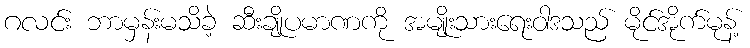
ဂလင်း ဘာမှန်းမသိခဲ့ ဆီးချိုပမာဏကို အမျိုးသားရေးဝါဒသည် မိုင်အိုက်မုန့်